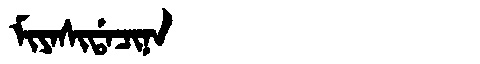
Manchu: ᠮᡳᠶᠠᠰᡳᡩᠠᠴᡳᠨᠠ
Romanization: MIYASIDACINA